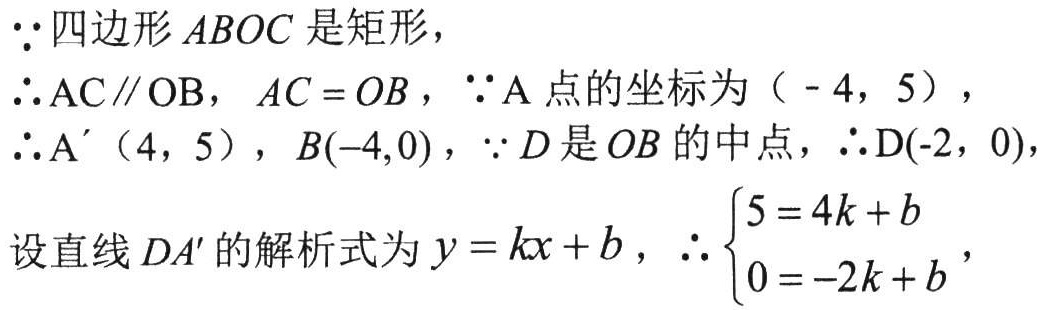
$\because$四边形$ABOC$是矩形，

$\therefore AC\parallel OB$，$AC = OB$，$\because \mathrm{A}$点的坐标为（$-4$，$5$），

$\therefore \mathrm{A}'$（$4$，$5$），$B(-4,0)$，$\because D$是$OB$的中点，$\therefore \mathrm{D}(-2,\ 0)$，

设直线$D{A}'$的解析式为$y = kx + b$，$\therefore \left\{\begin{array}{l} 5 = 4k + b\\ 0 = -2k + b\end{array}\right.$，